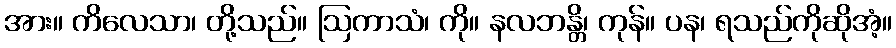
အား။ ကိလေသာ၊ တို့သည်။ ဩကာသံ၊ ကို။ နလဘန္တိ၊ ကုန်။ ပန၊ ရသည်ကိုဆိုအံ့။